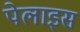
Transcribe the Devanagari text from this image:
पेलाइस